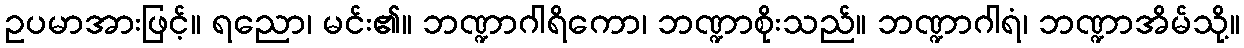
ဥပမာအားဖြင့်။ ရညော၊ မင်း၏။ ဘဏ္ဍာဂါရိကော၊ ဘဏ္ဍာစိုးသည်။ ဘဏ္ဍာဂါရံ၊ ဘဏ္ဍာအိမ်သို့။